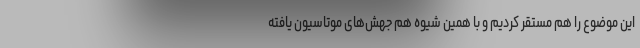
این موضوع را هم مستقر کردیم و با همین شیوه هم جهش‌های موتاسیون یافته